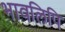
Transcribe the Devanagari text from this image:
भावलिपि